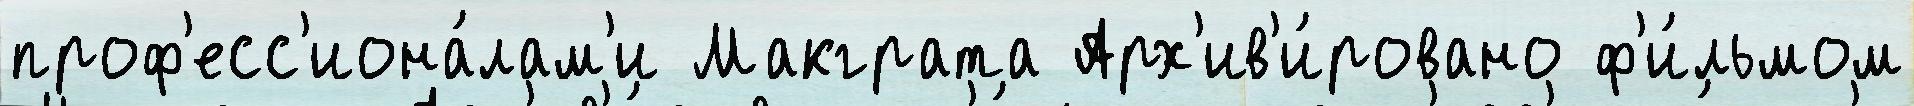
проф'есс'иона́лам'и Макграта Арх'ив'и́ровано ф'и́льмом